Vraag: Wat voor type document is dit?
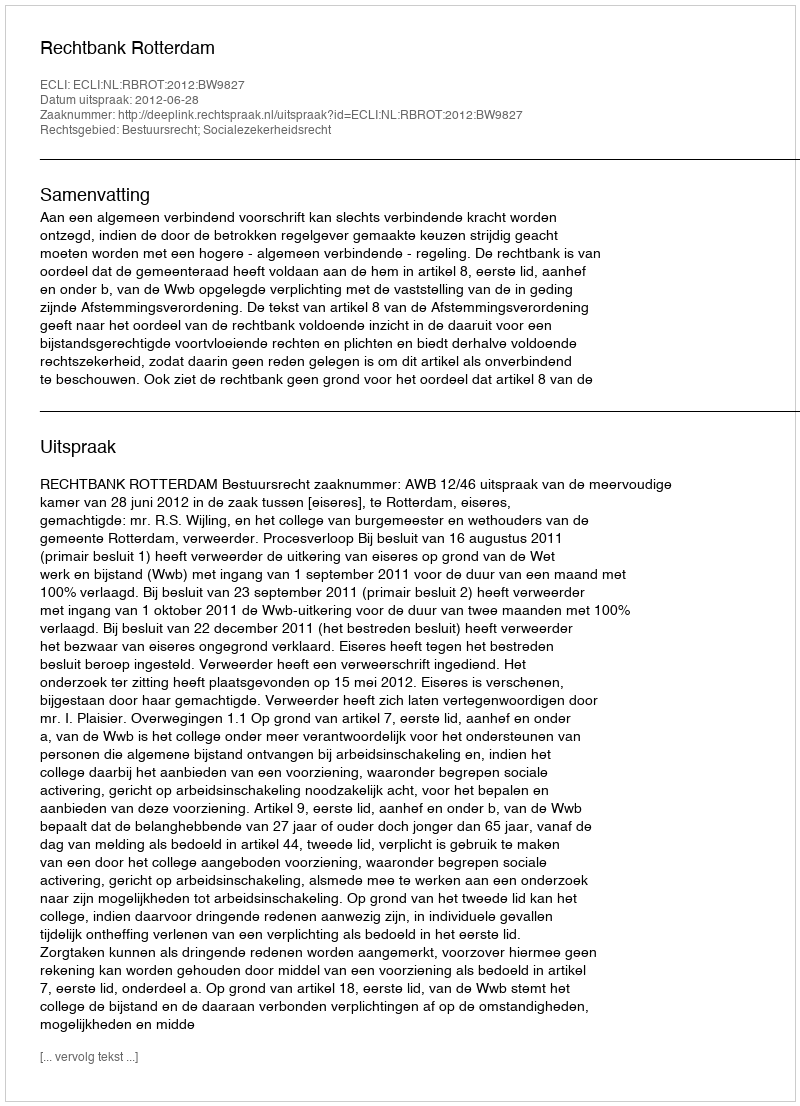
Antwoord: Uitspraak